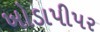
ખોડાપીપર